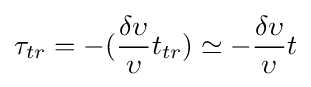
\tau _{tr}=-({\frac {\delta \upsilon }{\upsilon }}t_{tr})\simeq -{\frac {\delta \upsilon }{\upsilon }}t